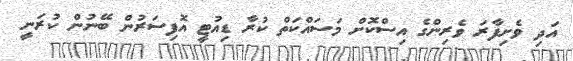
އަދި ވެށިފާރަ ވެރިންގެ އިސްކޮށް މަސައްކަތް ކުރާ ޑިއުޓީ އޮފިސަރުން ބޭނުން ކުރަނީ